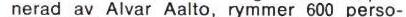
nerad av Alvar Aalto, rymmer 600 perso-